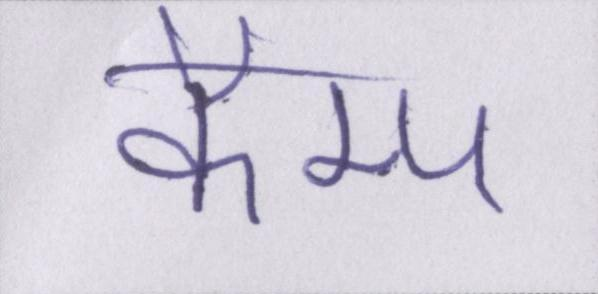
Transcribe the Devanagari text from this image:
कैम्प